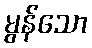
မွန်သော